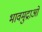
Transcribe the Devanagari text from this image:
भावमुद्राओं